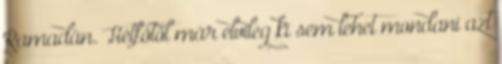
Ramadán. Hétfőtől már elvileg ki sem lehet mondani azt